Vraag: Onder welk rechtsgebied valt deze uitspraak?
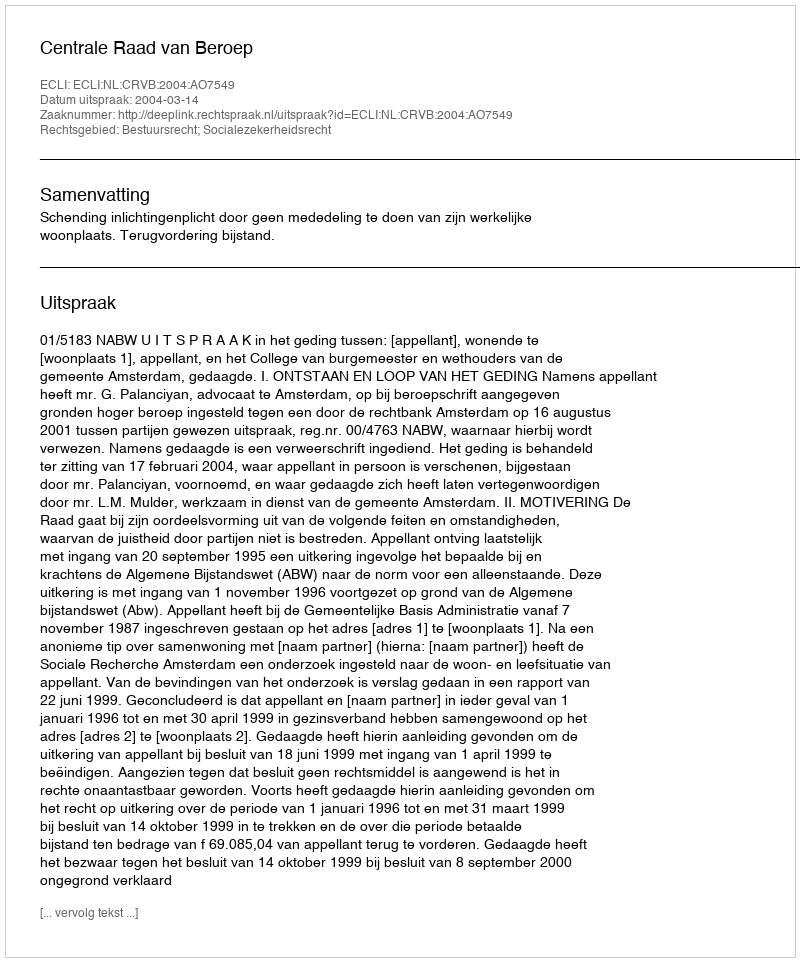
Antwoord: Bestuursrecht; Socialezekerheidsrecht